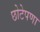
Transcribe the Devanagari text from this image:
छोटेपणा